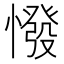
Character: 𢠺